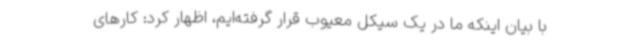
با بیان اینکه ما در یک سیکل معیوب قرار گرفته‌ایم، اظهار کرد: کارهای